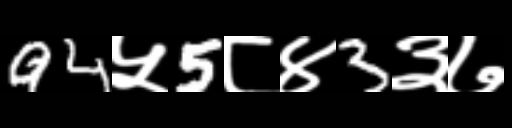
Text: 94५5८४3३७